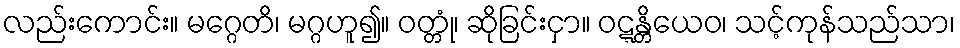
လည်းကောင်း။ မဂ္ဂေတိ၊ မဂ္ဂဟူ၍။ ဝတ္တုံ၊ ဆိုခြင်းငှာ။ ဝဋ္ဋန္တိယေဝ၊ သင့်ကုန်သည်သာ၊